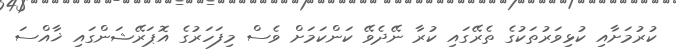
ކުރުމަށާއި ކުޅިވަރުތަކުގެ ތެރޭގައި ކުރާ ނޭދެވޭ ކަންކަމަށް ވެސް މިފަހަރުގެ އޮޕަރޭޝަންގައި ޚާއްސަ